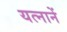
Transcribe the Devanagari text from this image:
यत्नानें